Civil Veterinary Department Bengal reports 1933-51 - 1933-1951
Year: 1933
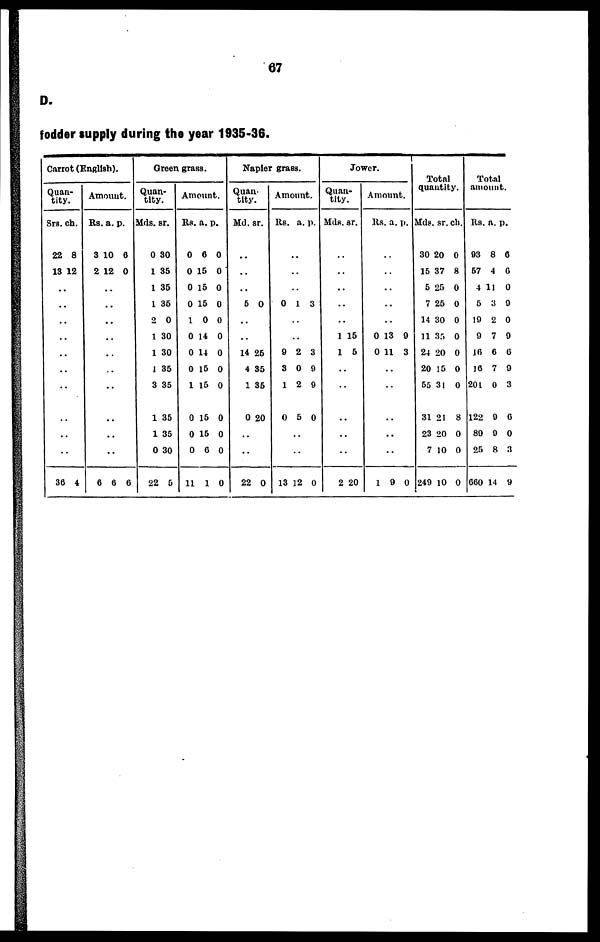
67
D.
fodder supply during the year 1935-36.
Carrot (English).
Quantity.
Srs.
22
13
ch.
8
12
..
..
..
..
..
..
..
..
..
..
36 4
Amount.
Rs.
3
2
a.
10
12
p.
6
0
..
..
..
..
..
..
..
..
..
..
6 6 6
Green grass.
Quantity.
Mds.
0
1
1
1
2
1
1
1
3
1
1
0
22
sr.
30
35
35
35
0
30
30
35
35
35
35
30
5
Amount.
Rs
0
0
0
0
1
0
0
0
1
0
0
0
11
. a.
6
15
15
15
0
14
14
15
15
15
15
6
1
p.
0
0
0
0
0
0
0
0
0
0
0
0
0
Napier grass.
Quantity.
Md. sr.
..
..
..
5 0
..
..
14
4
1
0
25
35
35
20
..
..
22 0
Amount.
Rs. a. p.
..
..
..
0 1 3
..
..
0
3
1
0
2
0
2
5
3
9
9
0
..
..
13 1 2 0
Jower.
Quantity.
Mds. sr.
..
..
..
..
..
1
1
15
5
..
..
..
..
..
2 20
Amount.
Rs. a. p.
..
..
..
..
..
0
0
13
11
9
3
..
..
..
..
..
1
90
Total
quantity.
Mds.
30 2
15
5
7
14
11
24
20
55
31
23
7
249
sr.
0
37
25
25
30
35
20
15
31
21
20
10
10
ch.
0
8
0
0
0
0
0
0
0
8
0
0
0
Total
amount.
Rs.
93
57
4
5
19
9
16
16
201
122
89
25
660
a.
8
4
11
3
2
7
6
7
0
9
9
8
14
p.
6
6
0
9
0
9
6
9
3
6
0
3
9